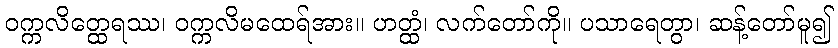
ဝက္ကလိတ္ထေရဿ၊ ဝက္ကလိမထေရ်အား။ ဟတ္ထံ၊ လက်တော်ကို။ ပသာရေတွာ၊ ဆန့်တော်မူ၍